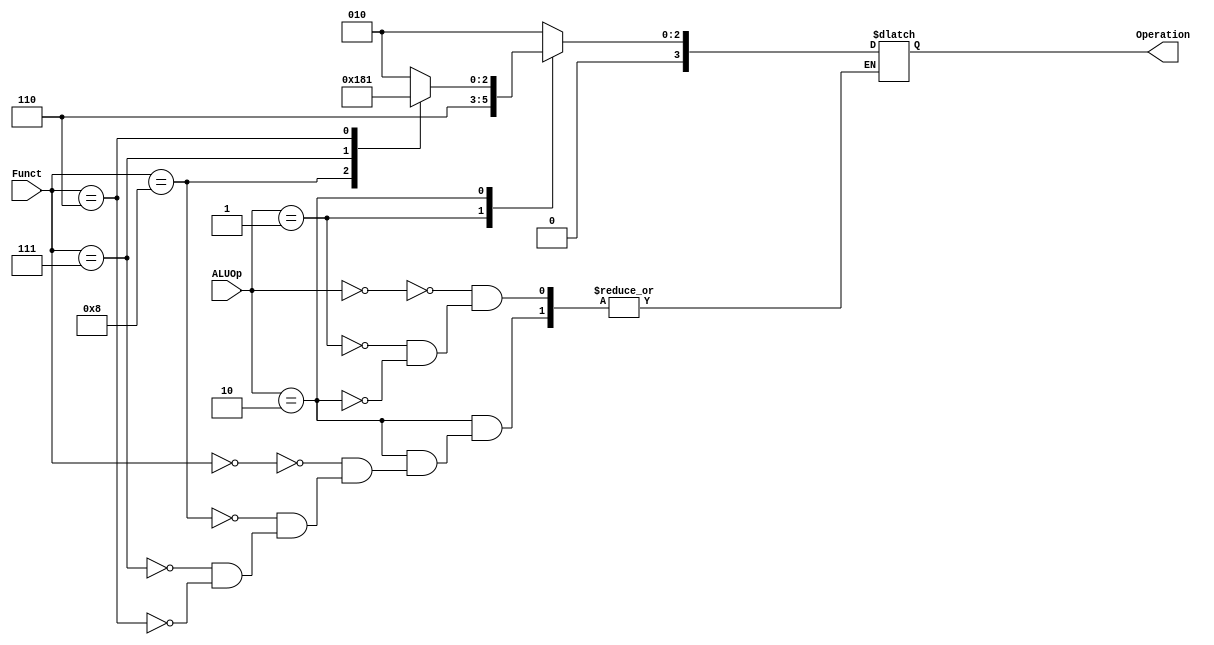
module ALU_Control(
	input [1:0] ALUOp,
	input [3:0] Funct,
	output reg [3:0] Operation
);

always @ (ALUOp or Funct)
begin
	case (ALUOp)
		2'b00:
			Operation = 4'b0010;
		2'b01:
			Operation = 4'b0110;
		2'b10:
			case (Funct)
				4'b0000:
					Operation = 4'b0010;
				4'b1000:
					Operation = 4'b0110;
				4'b0111:
					Operation = 4'b0000;
				4'b0110:
					Operation = 4'b0001;
			endcase
	endcase
end

endmodule